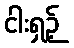
ငါးရှဉ့်